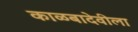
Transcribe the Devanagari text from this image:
काळबादेवीला